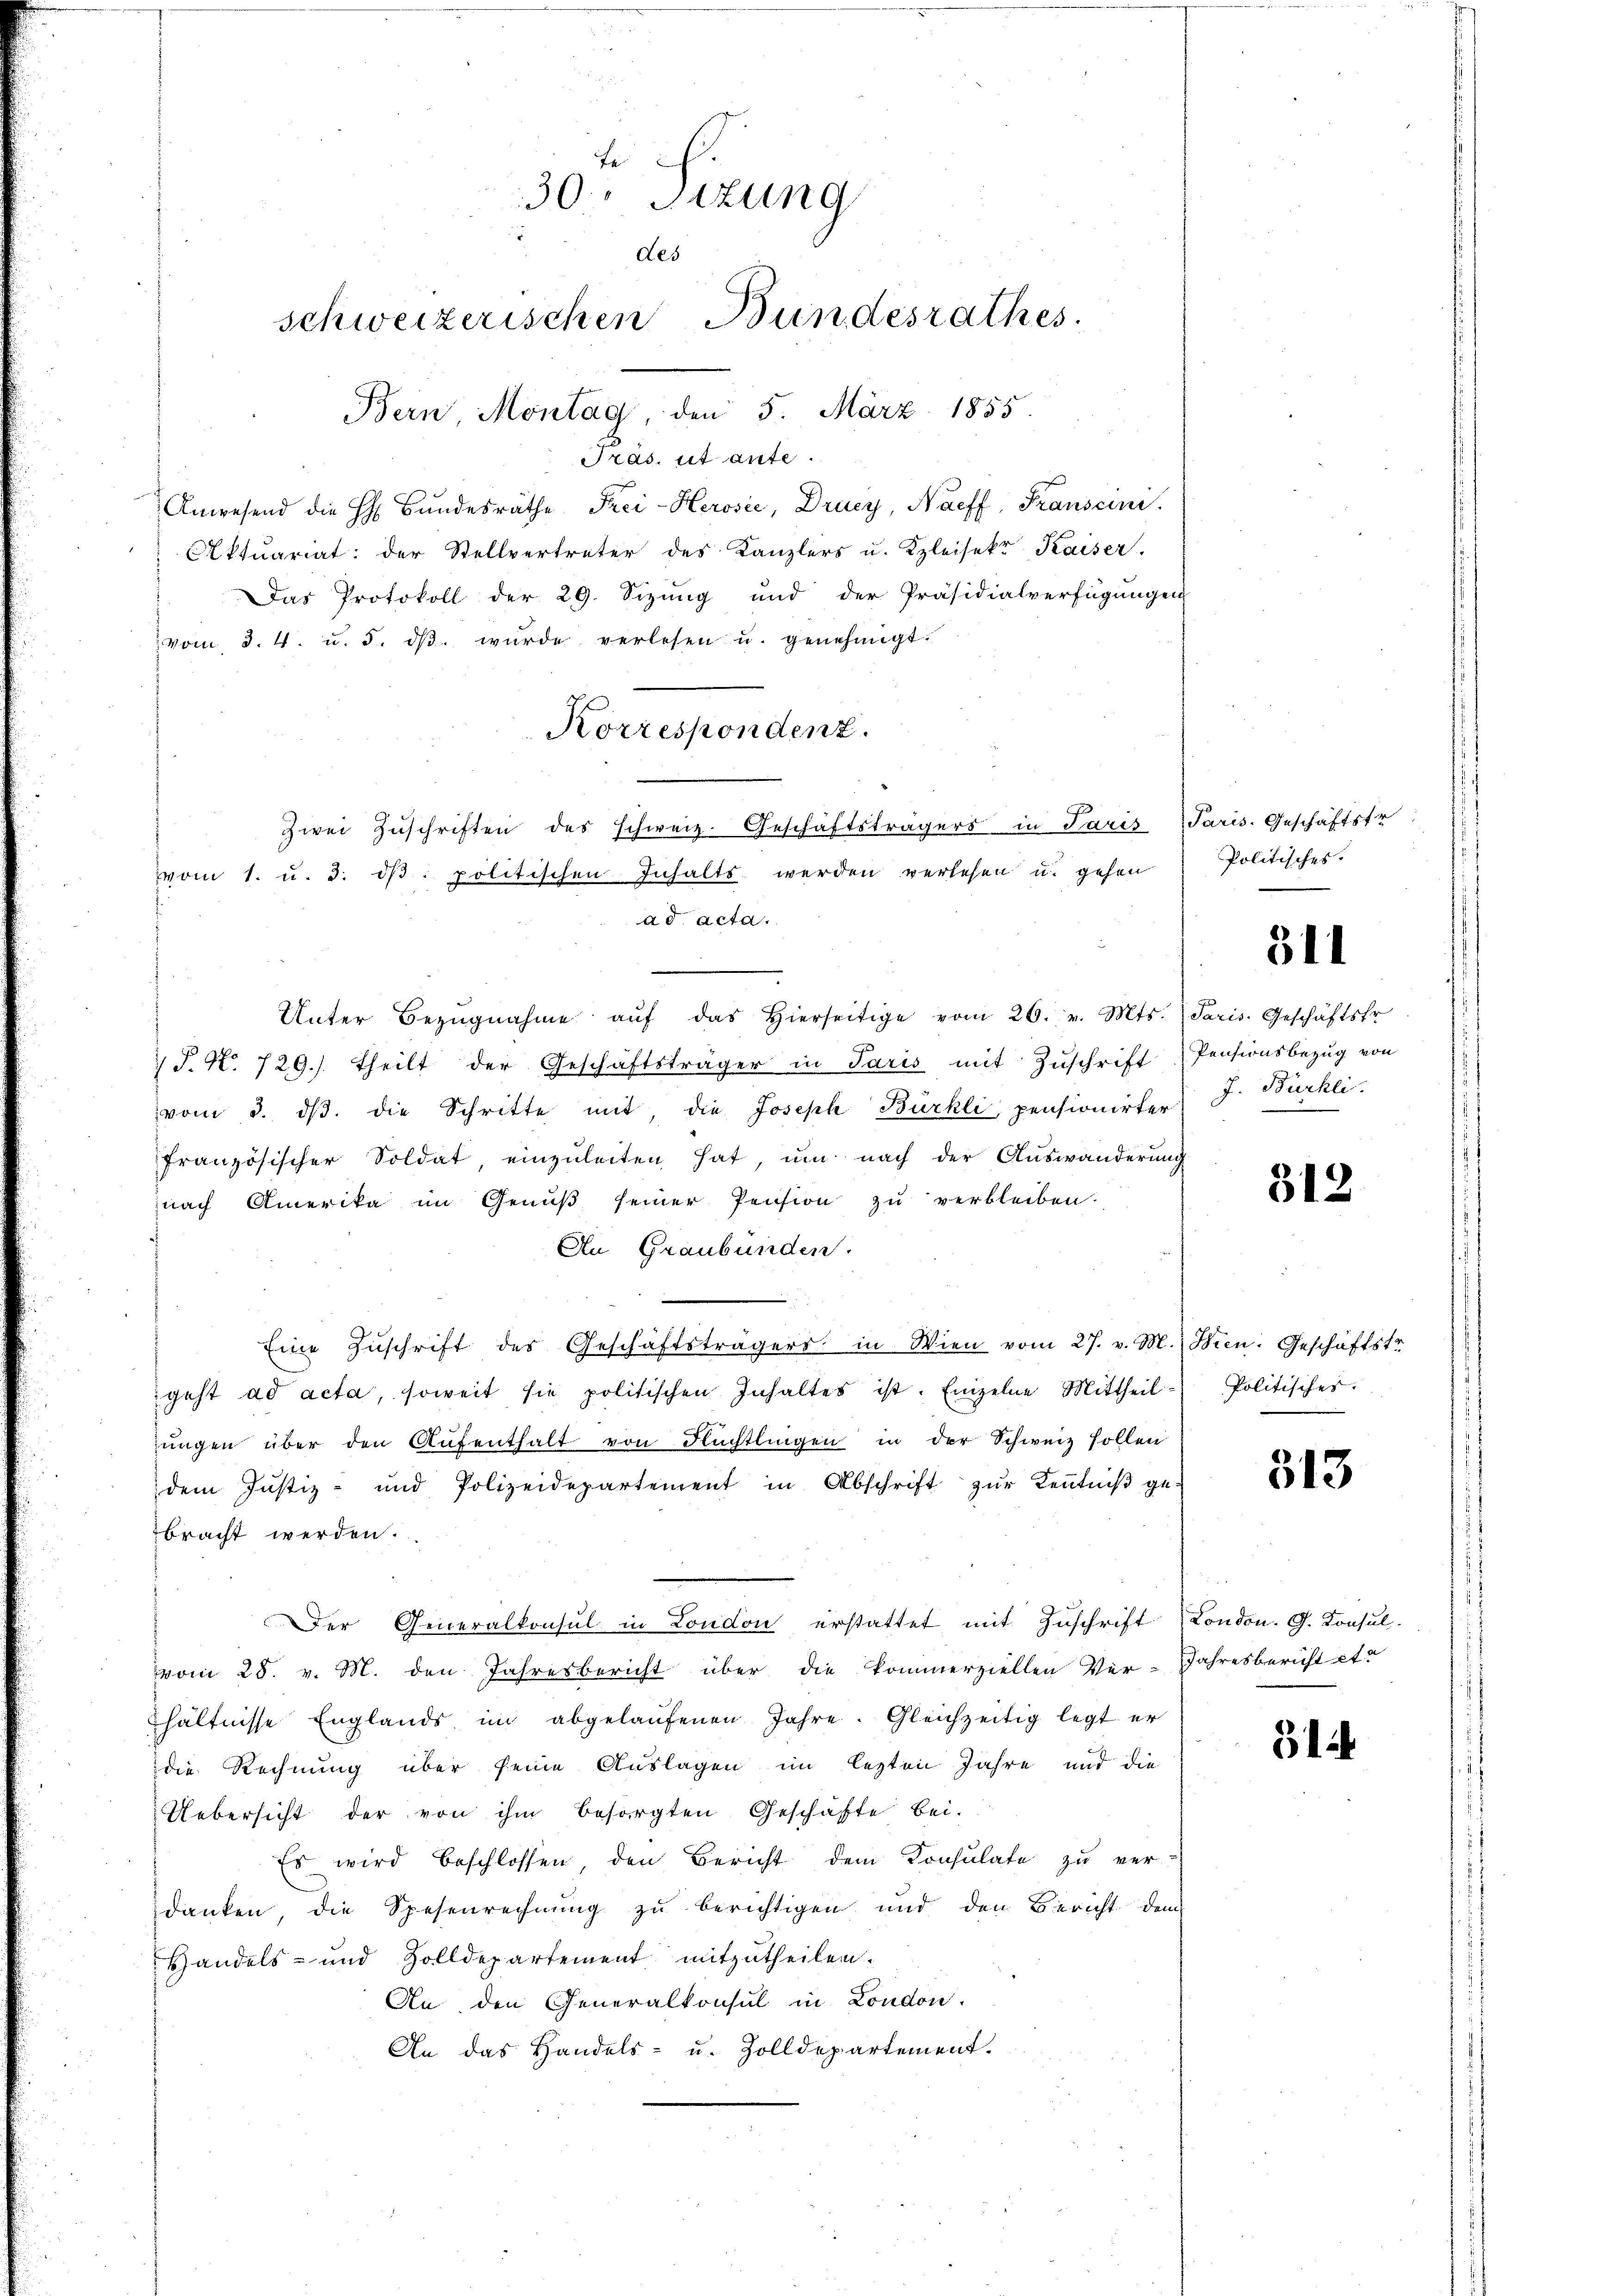
Präs. ut ante.
Anwesend die H. Bŭndesräthe Frei-Herosie, Drucy, Naeff, Franscini
Aktuariat der Stellvertreter des Kanzlers u. Kleisekt Kaiser.
Das Protokoll der 29. Sizung und der Präsidialverfügŭngen
vom 8. 4. u. 5. dβ wŭrde verlesen u. genehmigt.
Unter Bezŭgnahme aŭf das hierseitige vom 26. v. Mts. (Paris. Geschäftsfr.
 P. Nr. 729.) theilt der Geschäftsträger in Paris mit Zŭschrift
vom 3. dβ. die Schritte mit, die Joseph Bürkli, pensionirter
französischer Soldat einzŭleiten hat, um nach der Aŭswanderŭng
nach Amerika im Genuß seiner Pension zu verbleiben.
An Graubünden.
Eine Zŭschrift des Geschäftsträgers in Wien vom 27. v. M.
geht ad acta, soweit sie politischen Inhaltes ist. Einzelne Mittheil
ŭngen über den Aŭfenthalt von Flüchtlingen in der Schweiz sollen
dem Justiz- und Polizeidepartement in Abschrift zŭr Kenntniβ ge-
bracht werden.
der Generalkonsul in London erstattet mit Zuschrift
vom 28. v. M. den Jahresbericht über die kommerziellen Ver-Jahresbericht et
hältnisse Englands im abgelaŭfenen Jahre. Gleichzeitig legt er
die Rechnung über seine Auslagen im lezten Jahre und die
Uebersicht der von ihm besorgten Geschäfte bei.
Es wird beschlossen, den Bericht dem Konsulate zu ver-
danken, die Spesenrechnung zu berichtigen und den Bericht dem
Handels- und Zolldepartement mitzutheilen.
An den Generalkonsul in London.
An das Handels- u. Zolldepartement.

te
30. Sizung
des
schweizerischen Bundesrathes
Bern, Montag, den 5. März 1855.

Korrespondenz.
zwei Zuschriften des schweiz. Geschäftsträgers in Paris
vvom 1. u. 3. dβ. politischen Inhalts werden verlesen u. gehen
ad acta.

Paris. Geschäftsfr
Politisches.

311

Pensionsbezug von
J. Bürkli

312

Hien: Geschäftstr.
Politisches.

313

London. G. Konsul

Sih